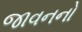
જાવનનો